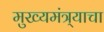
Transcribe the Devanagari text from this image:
मुख्यमंत्र्याचा